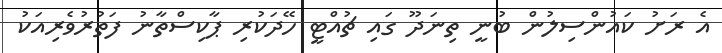
އެ ރަށު ކައުންސިލުން ބުނީ ތިނަދޫ ގައި ޗުއްޓީ ހޭދަކުރި ޕާކިސްތާނު ފަތުރުވެރިއަކު